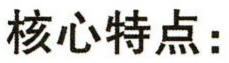
核心特点：